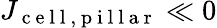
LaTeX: J_{\mathrm{~c~e~l~l~,~p~i~l~l~a~r~}}\ll 0